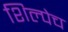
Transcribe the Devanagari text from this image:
शिल्पेच